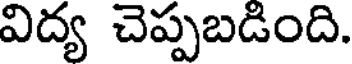
విద్య చెప్పబడింది.